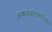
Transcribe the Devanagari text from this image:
आश्चर्यकारकरित्या